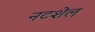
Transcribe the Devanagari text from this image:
नटशेल